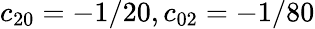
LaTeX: c_{20}=-1/20,c_{02}=-1/80